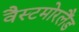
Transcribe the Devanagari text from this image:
वैस्टमोरलैंड